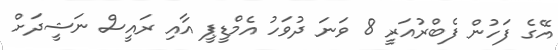
އޭގެ ފަހުން ފެބްރުއަރީ 8 ވަނަ ދުވަހު އެމްޑީޕީ އާއި ރައީސް ނަޝީދަށް